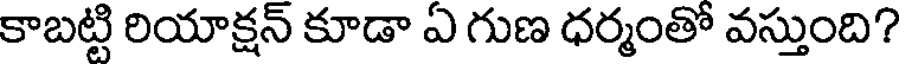
కాబట్టి రియాక్షన్ కూడా ఏ గుణ ధర్మంతో వస్తుంది?